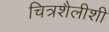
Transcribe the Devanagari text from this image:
चित्रशैलीशी